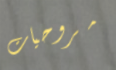
مروحيات